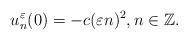
LaTeX: \begin{align*} u_n^\varepsilon(0)= - c(\varepsilon n)^2, n\in\mathbb Z.\end{align*}